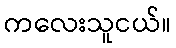
ကလေးသူငယ်။